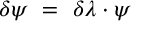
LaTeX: \delta \psi ~ = ~ \delta \lambda \cdot \psi